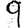
Digit: 9